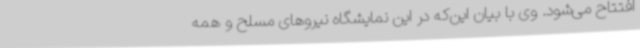
افتتاح می‌شود. وی با بیان این‌که در این نمایشگاه نیروهای مسلح و همه